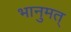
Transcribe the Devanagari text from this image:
भानुमत्